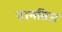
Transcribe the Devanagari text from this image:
टानब्रिज